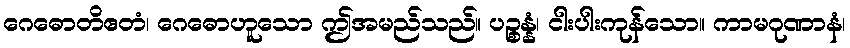
ဂေဓောတိဧတံ၊ ဂေဓောဟူသော ဤအမည်သည်။ ပဉ္စန္နံ၊ ငါးပါးကုန်သော။ ကာမဂုဏာနံ၊